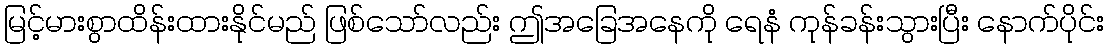
မြင့်မားစွာထိန်းထားနိုင်မည် ဖြစ်သော်လည်း ဤအခြေအနေကို ရေနံ ကုန်ခန်းသွားပြီး နောက်ပိုင်း